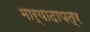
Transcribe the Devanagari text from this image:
मार्यादापत्र